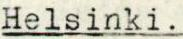
Helsinki.